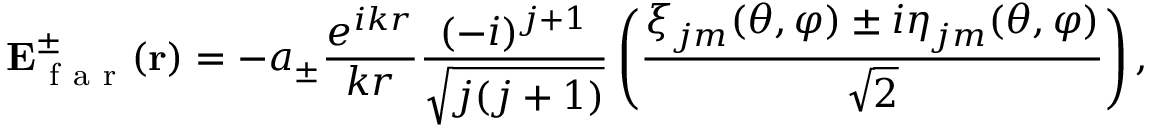
\mathbf { E } _ { \mathrm { ~ f ~ a ~ r ~ } } ^ { \pm } ( \mathbf { r } ) = - a _ { \pm } \frac { e ^ { i k r } } { k r } \frac { ( - i ) ^ { j + 1 } } { \sqrt { j ( j + 1 ) } } \left( \frac { \boldsymbol { \xi } _ { j m } ( \theta , \varphi ) \pm i \boldsymbol { \eta } _ { j m } ( \theta , \varphi ) } { \sqrt { 2 } } \right) ,